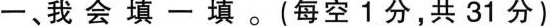
一、我会填一填。(每空1分，共31分）